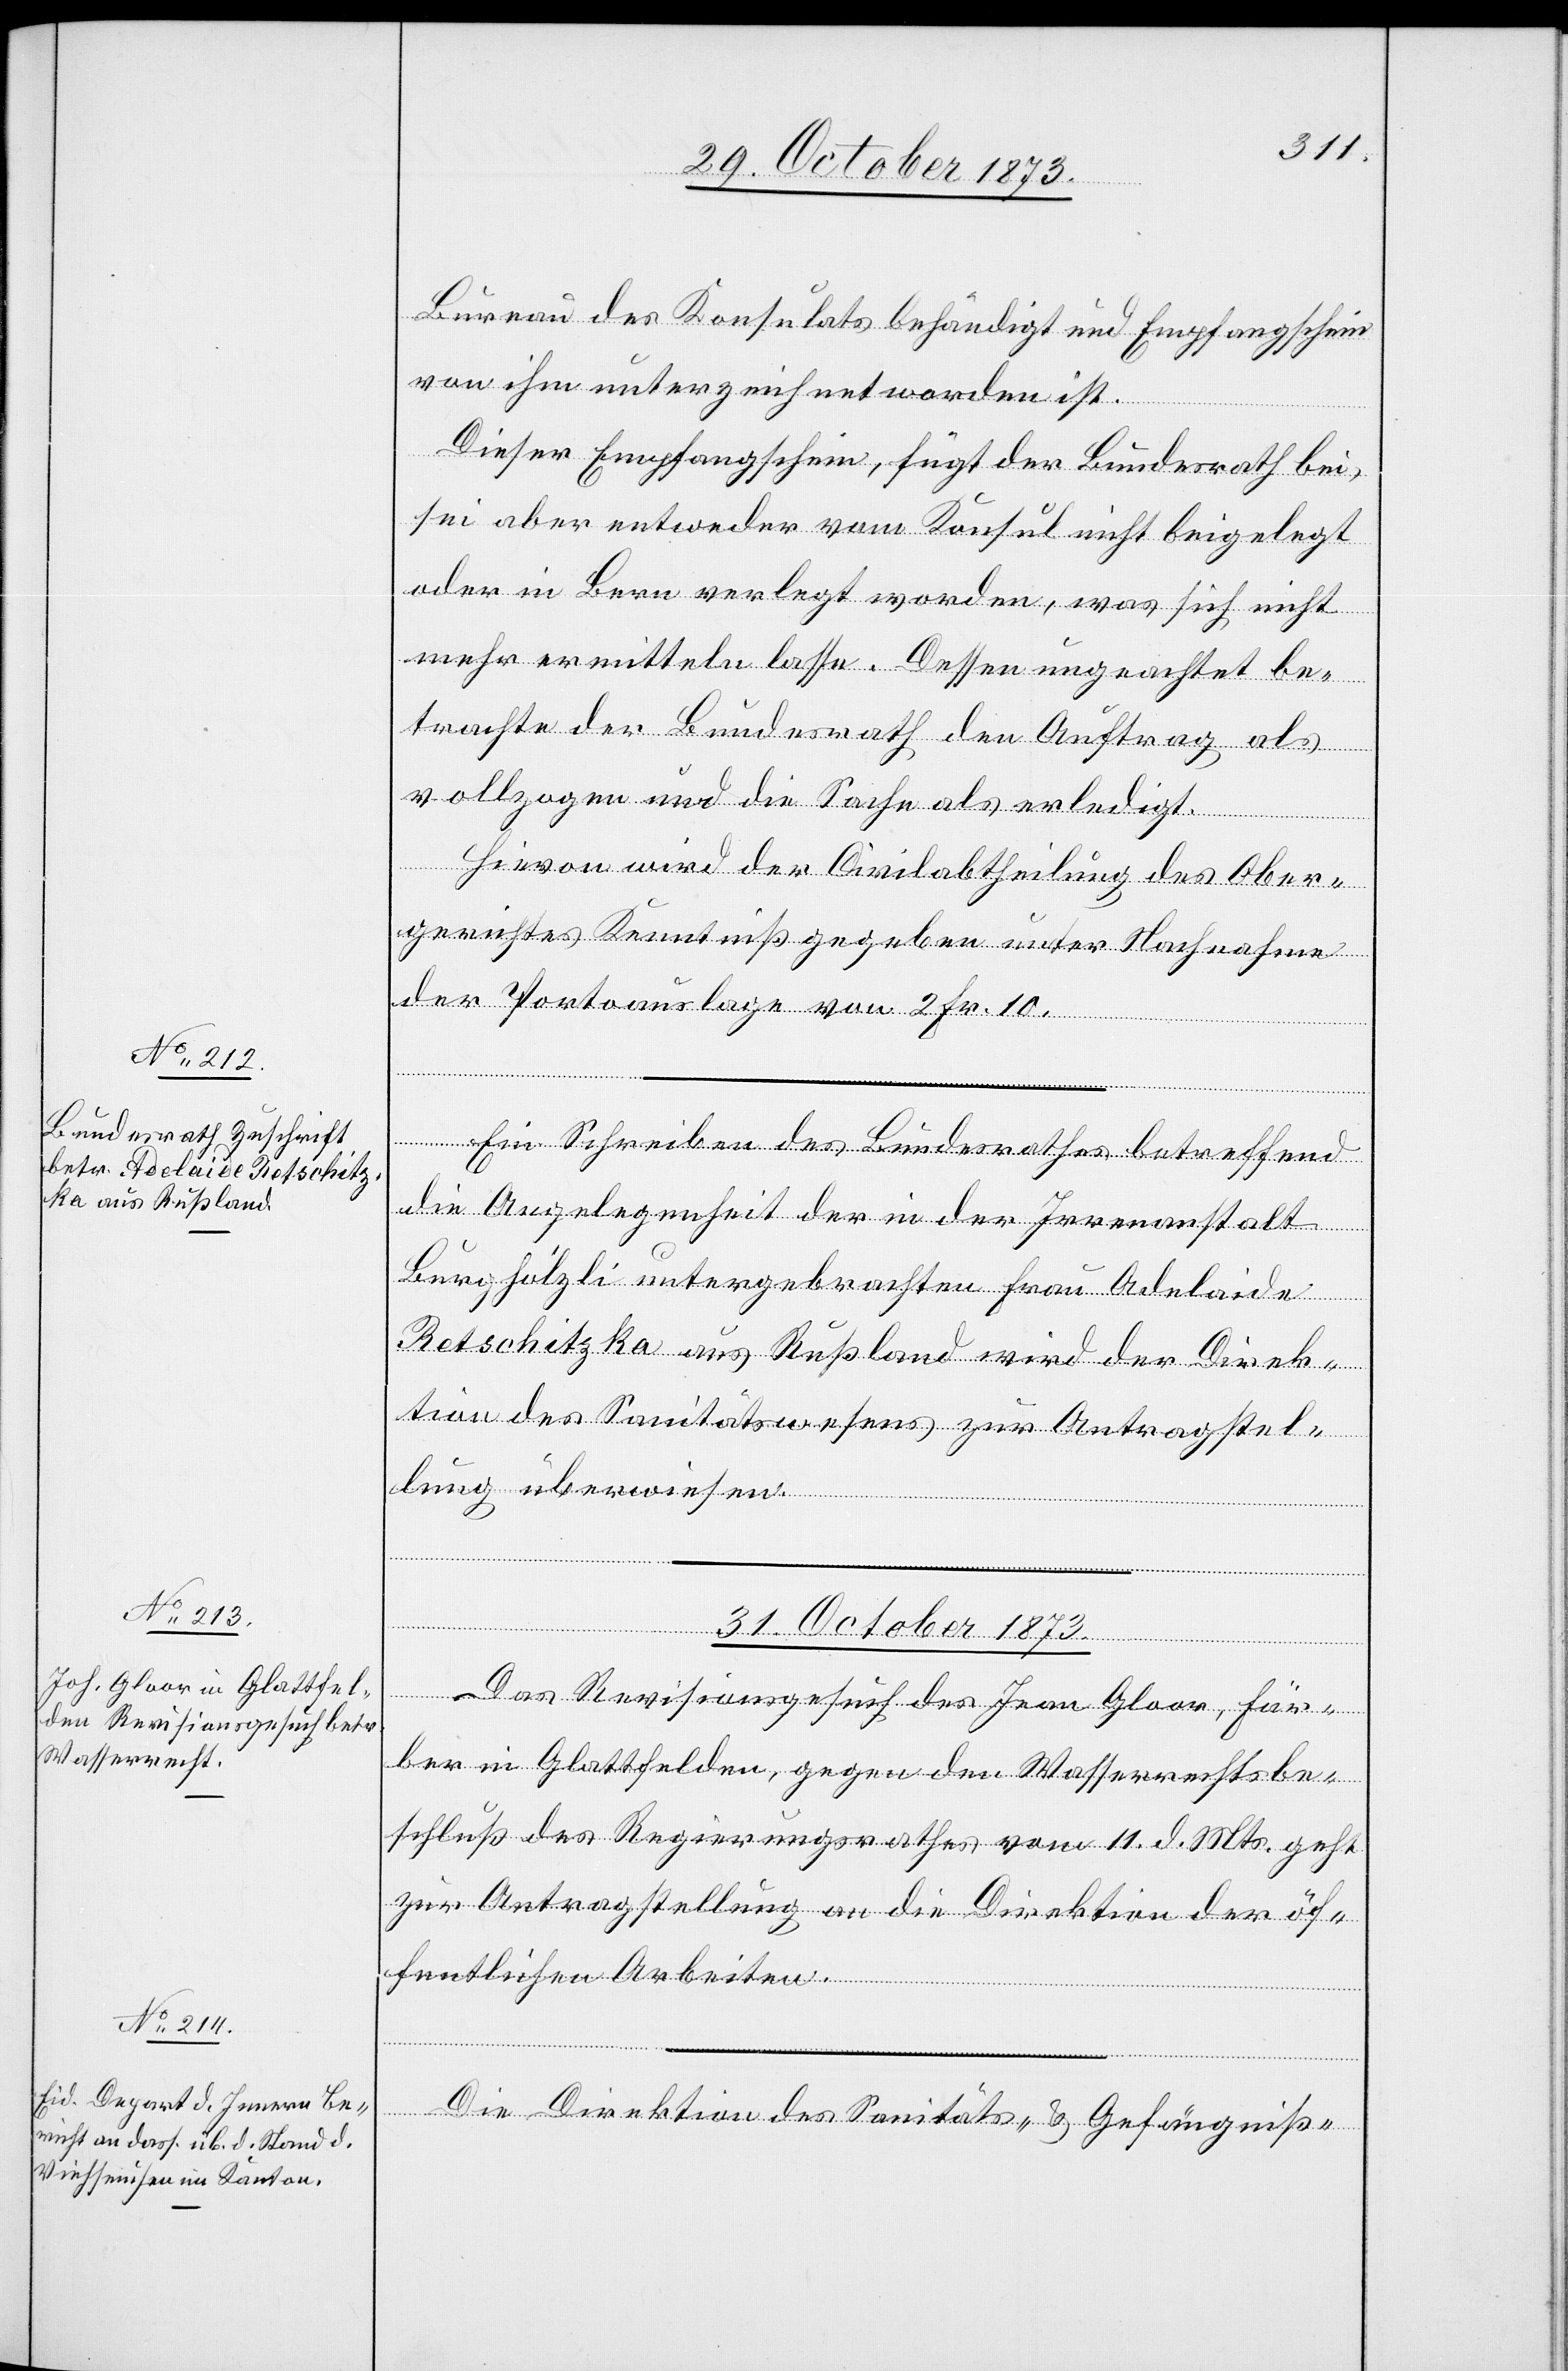
Bureau des Konsulats behändigt und Empfangschein
von ihm unterzeichnet worden ist.
Dieser Empfangschein, fügt der Bundesrath bei,
sei aber entweder vom Konsul nicht beigelegt
oder in Bern verlegt worden, was sich nicht
mehr ermitteln lasse. Dessen ungeachtet be¬
trachte der Bundesrath den Auftrag als
vollzogen und die Sache als erledigt.
Hievon wird der Civilabtheilung des Ober¬
gerichtes Kenntniß gegeben unter Nachnahme
der Portoauslage von 2 Fr. 10.
Ein Schreiben des Bundesrathes betreffend
die Angelegenheit der in der Irrenanstalt
Burghölzli untergebrachten Frau Adelaide
Retschitzka aus Rußland wird der Direk¬
tion des Sanitätswesens zur Antragstel¬
lung überwiesen.
ungen
31. October 1873.]
Das Revisionsgesuch des Jean Gloor, Fär¬
ber in Glattfelden, gegen den Wasserrechtsbe¬
schluß des Regierungsrathes vom 11. d. Mts. geht
zur Antragstellung an die Direktion der öf¬
fentlichen Arbeiten.
Die Direktion des Sanitäts- & Gefängniß-